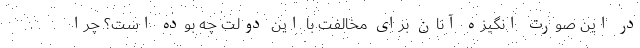
در این صورت انگیزه آنان برای مخالفت با این دولت چه بوده است؟ چرا